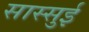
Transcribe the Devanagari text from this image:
सास्सुई